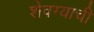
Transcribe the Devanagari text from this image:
शेवग्याची